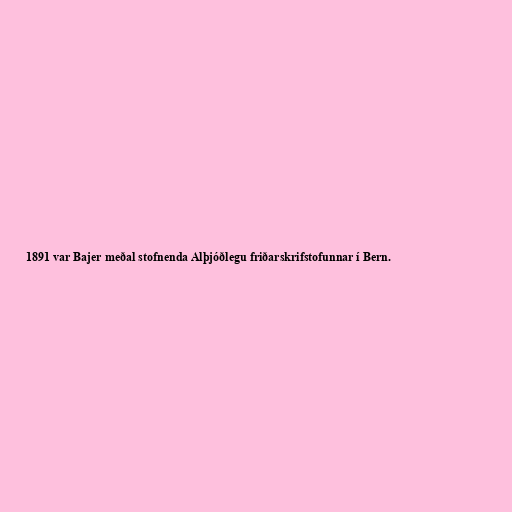
1891 var Bajer meðal stofnenda Alþjóðlegu friðarskrifstofunnar í Bern.